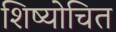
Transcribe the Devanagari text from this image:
शिष्योचित